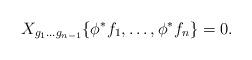
LaTeX: \begin{align*} X_{g_1...g_{n-1}} \{\phi^*f_1, \ldots, \phi^*f_n\} = 0.\end{align*}